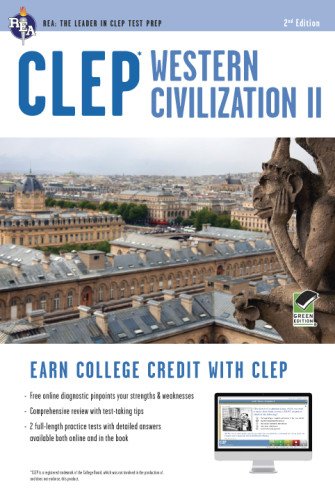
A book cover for CLEPÂ® Western Civilization II Book + Online (CLEP Test Preparation); Dr. Preston Jones Ph.D.; Test Preparation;